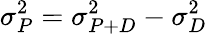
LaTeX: \sigma_{P}^{2}=\sigma_{P+D}^{2}-\sigma_{D}^{2}